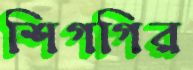
শিগগির